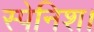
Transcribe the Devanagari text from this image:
स्पेनिश।